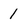
Character: 1